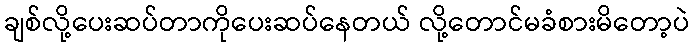
ချစ်လို့ပေးဆပ်တာကိုပေးဆပ်နေတယ် လို့တောင်မခံစားမိတော့ပဲ